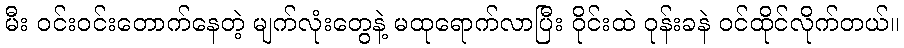
မီး ဝင်းဝင်းတောက်နေတဲ့ မျက်လုံးတွေနဲ့ မထုရောက်လာပြီး ဝိုင်းထဲ ဝုန်းခနဲ ဝင်ထိုင်လိုက်တယ်။